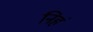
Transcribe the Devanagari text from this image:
निहं